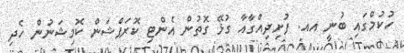
ހުކުމްގައި ބުނީ އއ. ފުށިދިއްގާއާ ގުޅޭ ގޮތުން އެންޓި ކޮރަޕްޝަން ކޮމިޝަނުން ހެދި